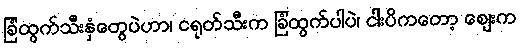
ခြံထွက်သီးနှံတွေပဲဟာ၊ ငရုတ်သီးက ခြံထွက်ပါပဲ၊ ငါးပိကတော့ ဈေးက